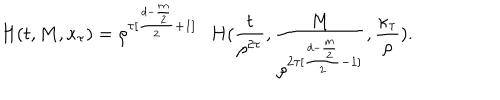
LaTeX: H ( t , M , \kappa _ { \tau } ) = \rho ^ { \tau [ \frac { d - \frac { m } { 2 } } { 2 } + 1 ] } \nonumber \, \; \; H ( \frac { t } { \rho ^ { 2 \tau } } , \frac { M } { \rho ^ { 2 \tau [ \frac { d - \frac { m } { 2 } } { 2 } - 1 ] } } , \frac { \kappa _ { \tau } } { \rho } ) .